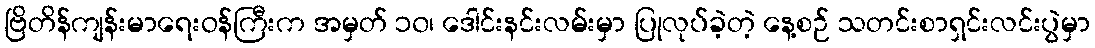
ဗြိတိန်ကျန်းမာရေးဝန်ကြီးက အမှတ် ၁၀၊ ဒေါင်းနင်းလမ်းမှာ ပြုလုပ်ခဲ့တဲ့ နေ့စဉ် သတင်းစာရှင်းလင်းပွဲမှာ